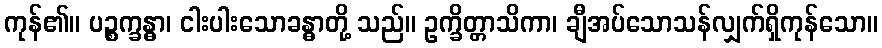
ကုန်၏။ ပဉ္စက္ခန္ဓာ၊ ငါးပါးသောခန္ဓာတို့ သည်။ ဥက္ခိတ္တာသိကာ၊ ချီအပ်သောသန်လျှက်ရှိကုန်သော။